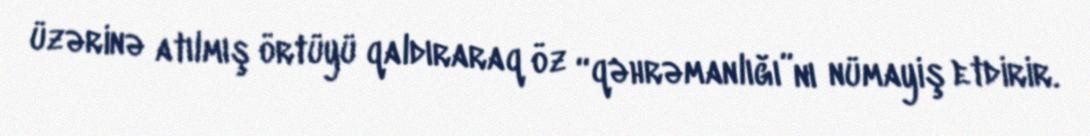
üzərinə atılmış örtüyü qaldıraraq öz “qəhrəmanlığı”nı nümayiş etdirir.